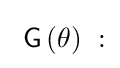
\ \operatorname {\mathsf {G}} \left(\theta \right)\ :